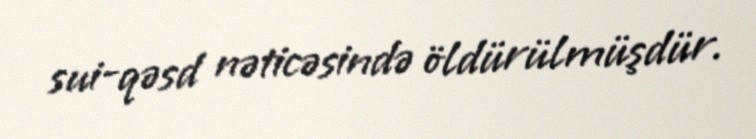
sui-qəsd nəticəsində öldürülmüşdür.